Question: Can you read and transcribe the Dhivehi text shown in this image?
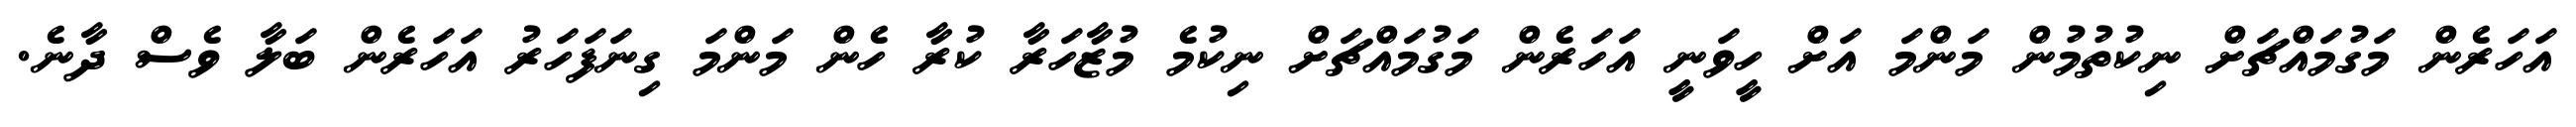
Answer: އަހަރެން މަގުމައްޗަށް ނިކުތުމުން މަންމަ އަށް ހީވަނީ އަހަރެން މަގުމައްޗަށް ނިކުމެ މުޒާހަރާ ކުރާ ހެން މަންމަ ގިނަފަހަރު އަހަރެން ބަލާ ވެސް ދާނެ.